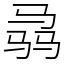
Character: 骉